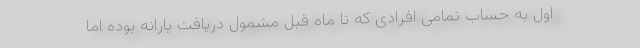
اول به حساب تمامی افرادی که تا ماه قبل مشمول دریافت یارانه بوده اما